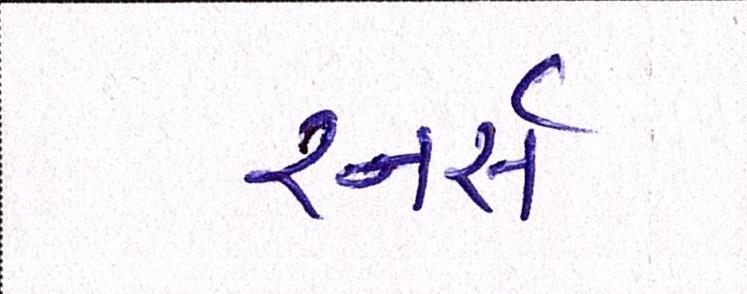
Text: રનર્સ